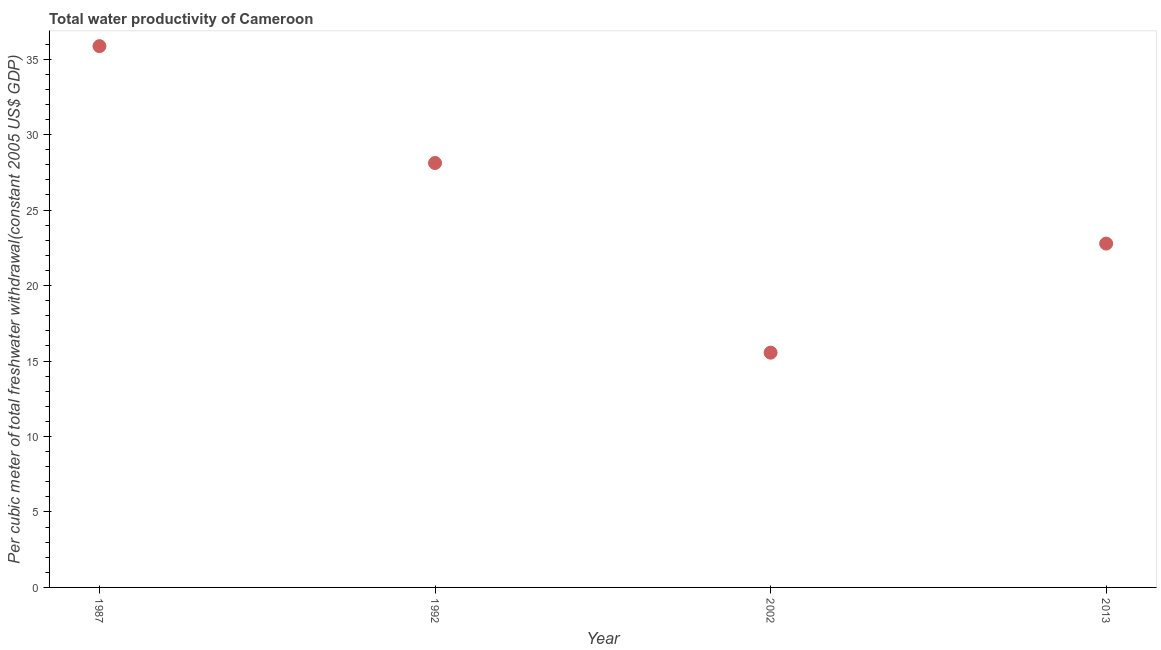
| Year | Water productivity |
 | --- | --- |
 | 1987 | 35.9 |
 | 1992 | 28.1 |
 | 2002 | 15.6 |
 | 2013 | 22.8 |